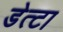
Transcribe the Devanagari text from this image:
डेत्टा